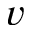
v